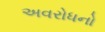
અવરોધનો